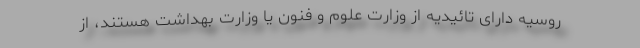
روسیه دارای تائیدیه از وزارت علوم و فنون یا وزارت بهداشت هستند، از